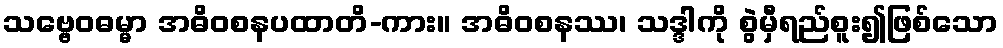
သဗ္ဗေဝဓမ္မာ အဓိဝစနပထာတိ-ကား။ အဓိဝစနဿ၊ သဒ္ဒါကို စွဲမှီရည်စူး၍ဖြစ်သော